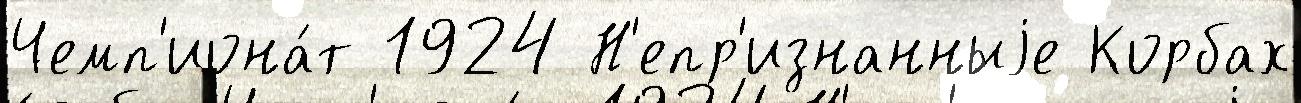
Чемп'иона́т 1924 Н'епр'изнанныjе Корбах